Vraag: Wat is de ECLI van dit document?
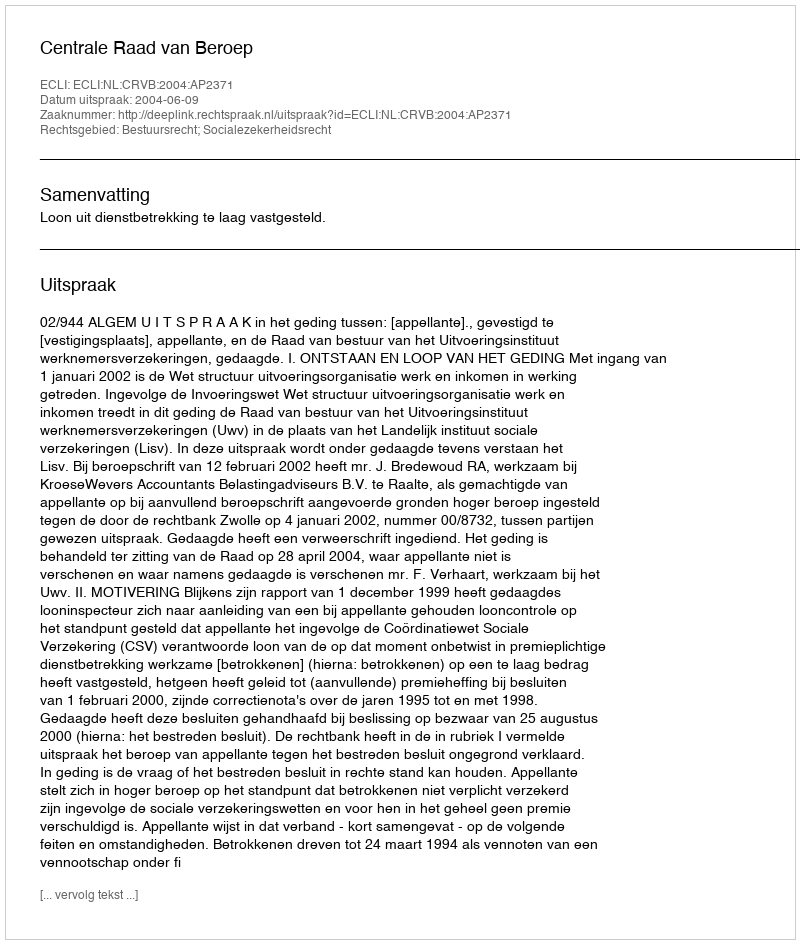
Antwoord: ECLI:NL:CRVB:2004:AP2371